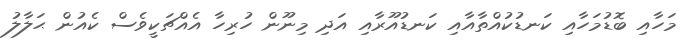
މަހާއި ބޮޑުމަހާއި ކަނޑުކުއްތާއާއި ކަނޑުއޫރާއި އަދި މިނޫން ހުރިހާ އެއްޗަކީވެސް ކެއުން ޙަލާލު